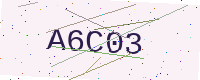
Text: A6C03